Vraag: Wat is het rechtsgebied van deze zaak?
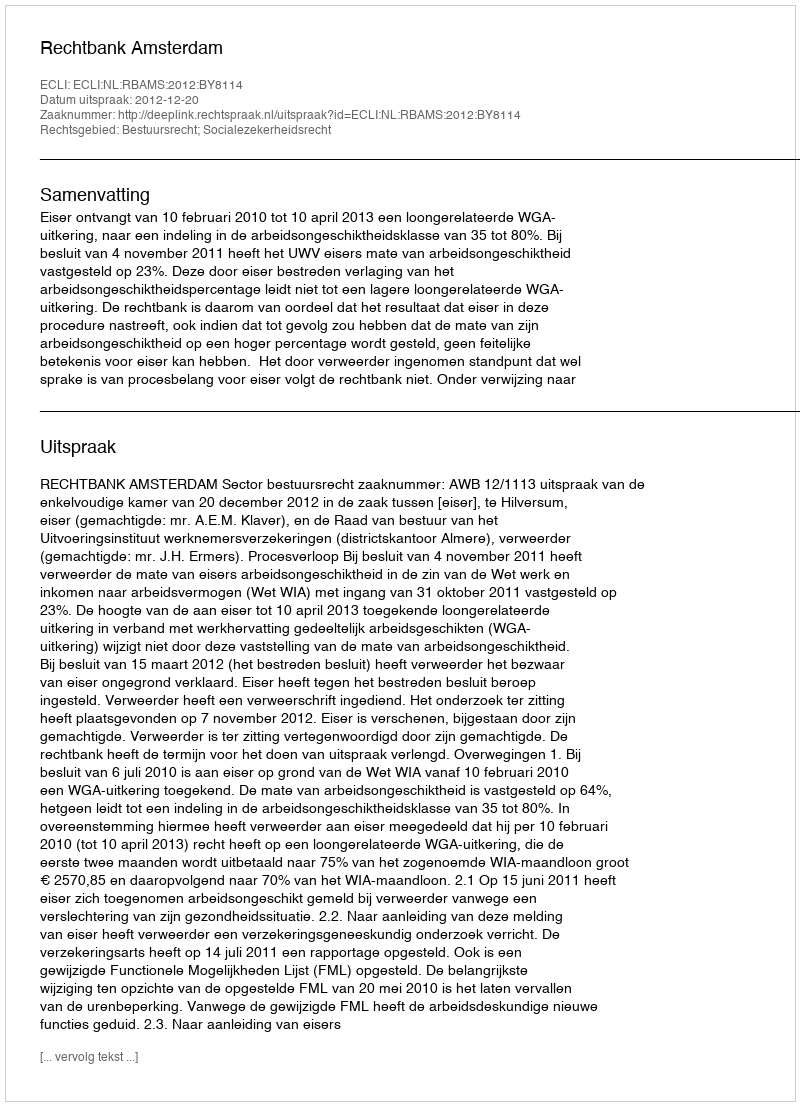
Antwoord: Bestuursrecht; Socialezekerheidsrecht